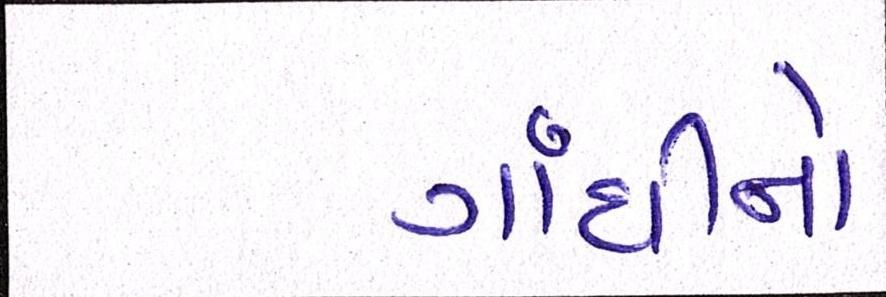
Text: ગાંધીનો